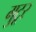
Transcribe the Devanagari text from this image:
गुटूर